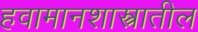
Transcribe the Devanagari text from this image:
हवामानशास्त्रातील